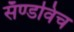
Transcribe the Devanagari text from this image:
सॅण्डविच